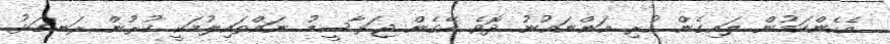
އެހެންކަމުން ލައިގެން ހުރި އަންނައުނު ދޮވެ އޭގެން ޖަރާސީމު ނައްތައިލުމަކީ ކުރުން ރަނގަޅު